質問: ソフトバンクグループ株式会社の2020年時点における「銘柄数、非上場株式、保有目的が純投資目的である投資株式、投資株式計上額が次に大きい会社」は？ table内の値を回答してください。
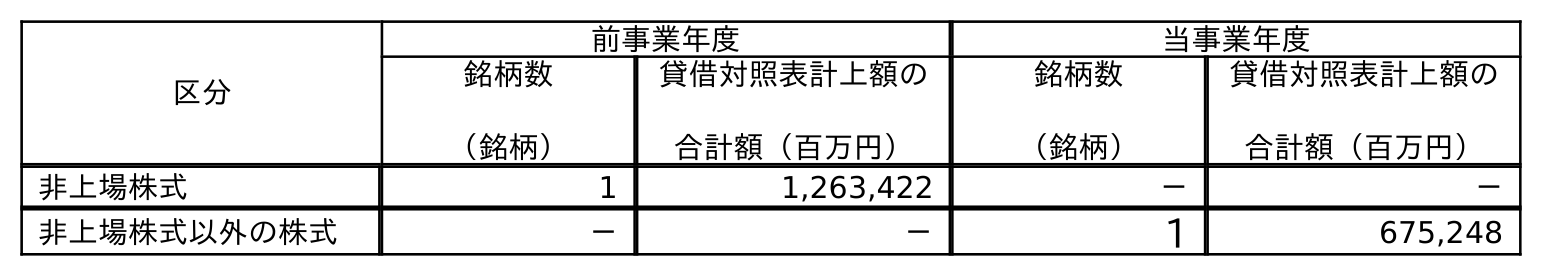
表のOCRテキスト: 区分 前事業年度 当事業年度 銘柄数 （銘柄） 貸借対照表計上額の 合計額（百万円） 銘柄数 （銘柄） 貸借対照表計上額の 合計額（百万円） 非上場株式 1 1,263,422 － － 非上場株式以外の株式 － － 1 675,248
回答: －